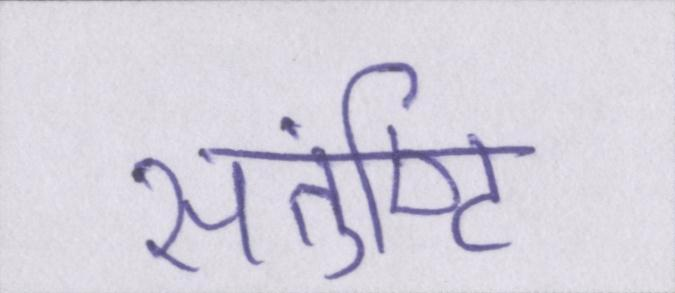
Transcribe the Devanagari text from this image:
संतुष्टि